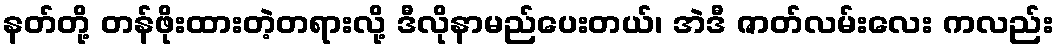
နတ်တို့ တန်ဖိုးထားတဲ့တရားလို့ ဒီလိုနာမည်ပေးတယ်၊ အဲဒီ ဇာတ်လမ်းလေး ကလည်း